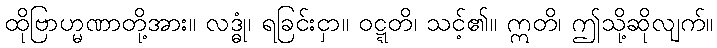
ထိုဗြာဟ္မဏာတို့အား။ လဒ္ဓုံ၊ ရခြင်းငှာ။ ဝဋ္ဋတိ၊ သင့်၏။ ဣတိ၊ ဤသို့ဆိုလျက်။